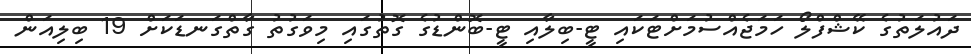
ދައުލަތުގެ ކޭޝްފްލޯ ހަމަޖެއްސުމަށްޓަކައި ޓީ-ބިލާއި ޓީ-ބޮންޑުގެ ގޮތުގައި މިވަގުތު ގާތްގަނޑަކަށް 19 ބިލިއަން